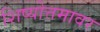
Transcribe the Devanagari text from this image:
शिष्योत्तमावर